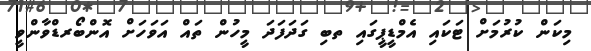
މިކަން ކުރުމަށް ޓަކައި އެމްޑީޕީގައި ތބި ގަދަފަދަ މީހުން ތައް އަވަހަށް އޮންބޯރޑްވާންވީ